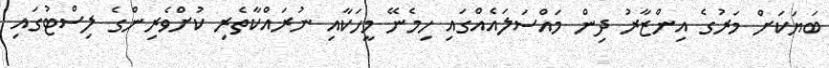
ބަޔަކަށް މަރުގެ އިންޒާރު ދިން މައްސަލައެއްގައި ހިމެނޭ މީހަކާއި ނުރައްކާތެރި ކުށްވެރިންގެ ލިސްޓުގައި